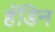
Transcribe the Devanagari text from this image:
हॅडिन